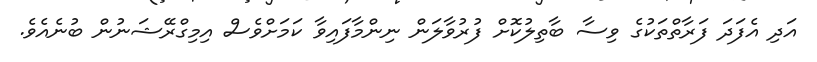
އަދި އެފަދަ ފަރާތްތަކުގެ ވިސާ ބާތިލުކޮށްް ފުރުވާލަން ނިންމާފައިވާ ކަމަށްވެސް އިމިގްރޭޝަނުން ބުނެއެވެ.